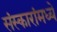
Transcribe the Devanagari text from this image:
संस्कारांमध्ये